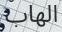
الھاب